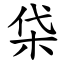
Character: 柋